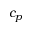
c _ { p }